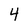
Character: 4